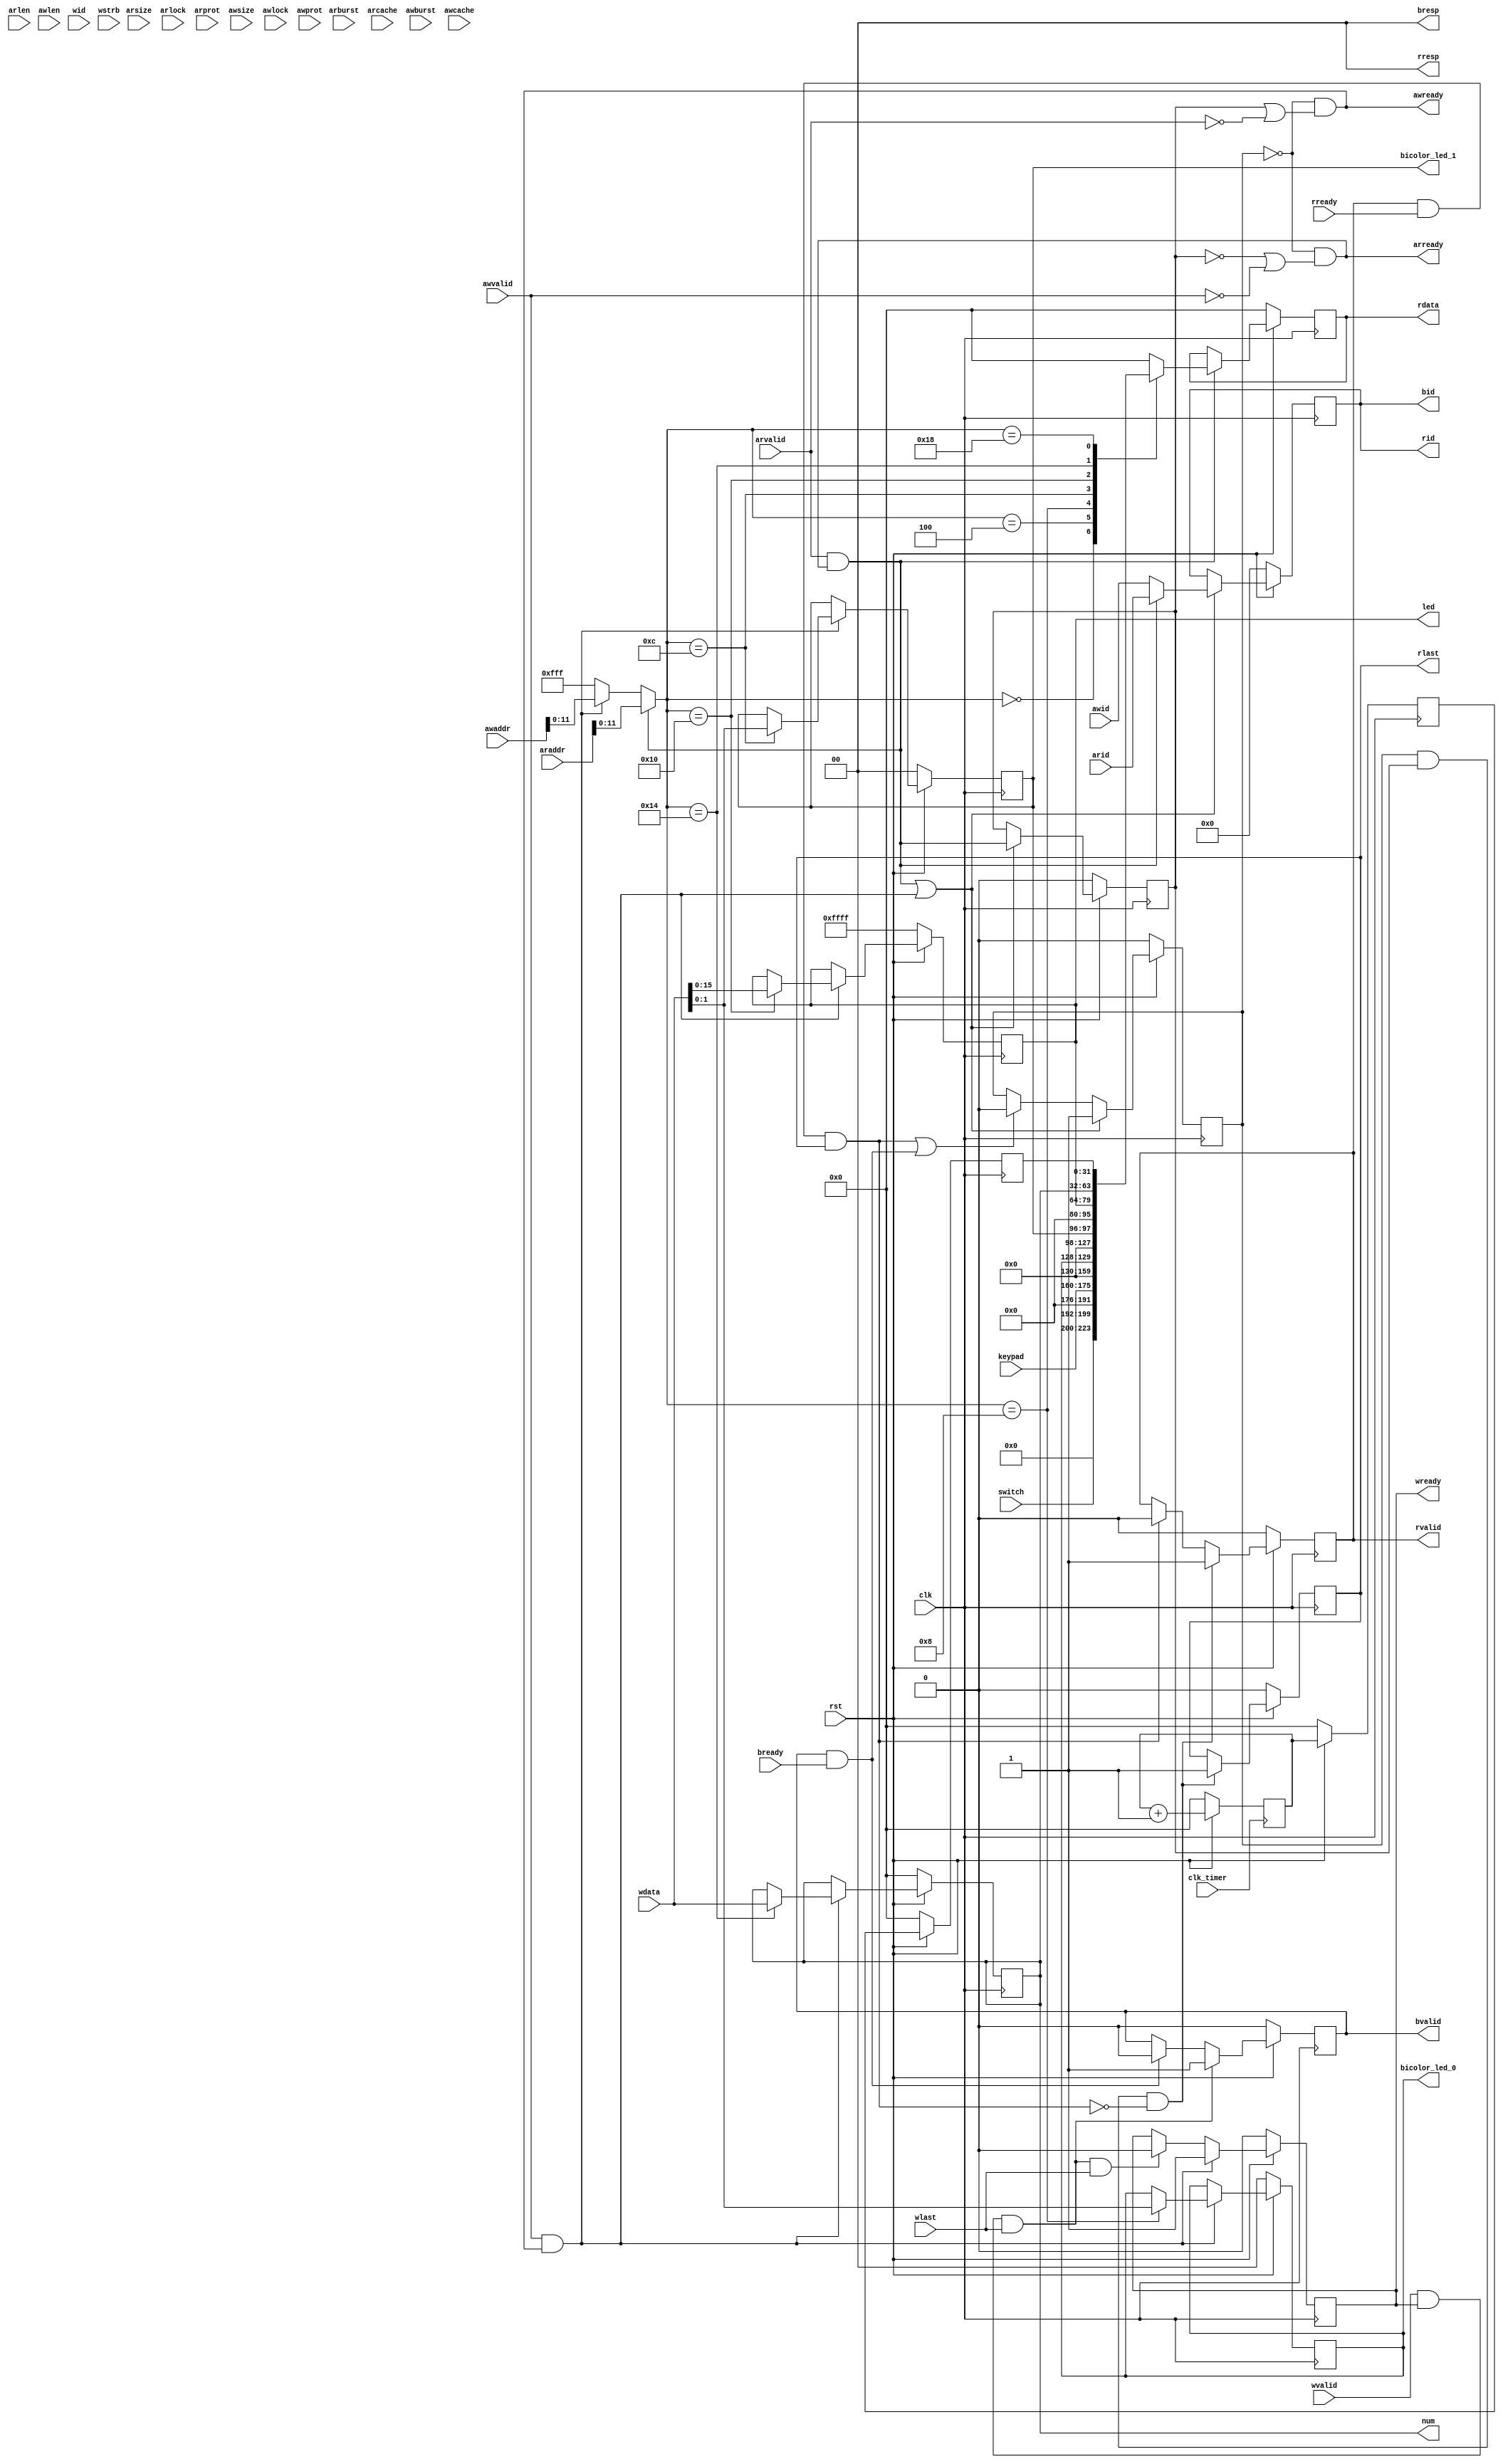
`timescale 1ns / 1ps

module GPIO(
    input clk_timer,
    input clk,
    input rst,
    // AXI bus IO
    input [3:0] arid,
    input [31:0] araddr,
    input [7:0] arlen,
    input [2:0] arsize,
    input [1:0] arburst,
    input [1:0] arlock,
    input [3:0] arcache,
    input [2:0] arprot,
    input arvalid,
    output arready,
    output [3:0] rid,
    output [31:0] rdata,
    output [1:0] rresp,
    output rlast,
    output rvalid,
    input rready,
    input [3:0] awid,
    input [31:0] awaddr,
    input [7:0] awlen,
    input [2:0] awsize,
    input [1:0] awburst,
    input [1:0] awlock,
    input [3:0] awcache,
    input [2:0] awprot,
    input awvalid,
    output awready,
    input [3:0] wid,
    input [31:0] wdata,
    input [3:0] wstrb,
    input wlast,
    input wvalid,
    output wready,
    output [3:0] bid,
    output [1:0] bresp,
    output bvalid,
    input bready,
    // GPIO control
    input [7:0] switch,
    input [15:0] keypad,
    output reg[1:0] bicolor_led_0,
    output reg[1:0] bicolor_led_1,
    output reg[15:0] led,
    output reg[31:0] num
);

    // code from confreg.v
    //--------------------------{axi interface} begin-------------------------//

    reg busy, write, R_or_W;

    wire    ar_enter    = arvalid & arready;
    wire    r_retire    = rvalid  & rready & rlast;
    wire    aw_enter    = awvalid & awready;
    wire    w_enter     = wvalid  & wready & wlast;
    wire    b_retire    = bvalid  & bready;

    assign  arready     = ~busy & (!R_or_W | !awvalid);
    assign  awready     = ~busy & ( R_or_W | !arvalid);

    reg [3 :0]  buf_id;
    reg [31:0]  buf_addr;
    reg [7 :0]  buf_len;
    reg [2 :0]  buf_size;

    always @ (posedge clk)  begin
        if (!rst)   busy    <= 1'b0;
        else if (ar_enter | aw_enter)   busy    <= 1'b1;
        else if (r_retire | b_retire)   busy    <= 1'b0;
    end

    always @ (posedge clk)  begin
        if (!rst)   begin
            R_or_W      <= 1'b0;
            buf_id      <= 4'b0;
            buf_addr    <= 31'h0;
            buf_len     <= 8'b0;
            buf_size    <= 3'b0;
        end else if (ar_enter | aw_enter)   begin
            R_or_W      <= ar_enter;
            buf_id      <= ar_enter ? arid   : awid   ;
            buf_addr    <= ar_enter ? araddr : awaddr ;
            buf_len     <= ar_enter ? arlen  : awlen  ;
            buf_size    <= ar_enter ? arsize : awsize ;
        end
    end

    reg wready_reg;
    assign  wready  = wready_reg;
    always @ (posedge clk)  begin
        if      (!rst           )   wready_reg  <= 1'b0;
        else if (aw_enter       )   wready_reg  <= 1'b1;
        else if (w_enter & wlast)   wready_reg  <= 1'b0;
    end

    reg rvalid_reg;
    reg rlast_reg;
    assign  rvalid  = rvalid_reg;
    assign  rlast   = rlast_reg;
    always @ (posedge clk)  begin
        if (!rst)   begin
           rvalid_reg   <= 1'b0;
           rlast_reg    <= 1'b0;
        end
        else if (busy & R_or_W & !r_retire)     begin
            rvalid_reg  <= 1'b1;
            rlast_reg   <= 1'b1;
        end
        else if (r_retire)  begin
            rvalid_reg  <= 1'b0;
        end
    end

    reg [31:0]  data_out;
    assign  rdata   = data_out;

    reg bvalid_reg;
    assign  bvalid  = bvalid_reg;
    always @ (posedge clk)  begin
        if      (!rst    )  bvalid_reg  <= 1'b0;
        else if (w_enter )  bvalid_reg  <= 1'b1;
        else if (b_retire)  bvalid_reg  <= 1'b0;
    end

    assign  rid     = buf_id;
    assign  bid     = buf_id;
    assign  bresp   = 2'b0;
    assign  rresp   = 2'b0;

    //---------------------------{axi interface} end--------------------------//


    // flags
    wire read_flag = ar_enter;
    wire write_flag = aw_enter;

    wire[31:0] addr = read_flag ? araddr : write_flag ? awaddr : 32'hffff;
    wire[31:0] data_in = wdata;

    // address definition
    wire[11:0] address = addr[11:0];
    parameter kSwitchAddr = 12'h000, kKeypadAddr = 12'h004,
            kBicolor0Addr = 12'h008, kBicolor1Addr = 12'h00c,
            kLEDAddr = 12'h010, kNumAddr = 12'h014,
            kTimerAddr = 12'h018;

    // timer
    reg[31:0] timer, timer_delay_1, timer_delay_2;

    always @(posedge clk_timer) begin
        if (!rst) begin
            timer <= 0;
        end
        else begin
            timer <= timer + 1;
        end
    end

    always @(posedge clk) begin
        if (!rst) begin
            timer_delay_1 <= 0;
            timer_delay_2 <= 0;
        end
        else begin
            timer_delay_1 <= timer;
            timer_delay_2 <= timer_delay_1;
        end
    end

    // read
    always @(posedge clk) begin
        if (!rst) begin
            data_out <= 0;
        end
        else if (read_flag) begin
            case (address)
                kSwitchAddr: data_out <= {24'h0, switch};
                kKeypadAddr: data_out <= {16'h0, keypad};
                kBicolor0Addr: data_out <= {30'h0, bicolor_led_0};
                kBicolor1Addr: data_out <= {30'h0, bicolor_led_1};
                kLEDAddr: data_out <= {16'h0, led};
                kNumAddr: data_out <= num;
                kTimerAddr: data_out <= timer_delay_2;
                default: data_out <= 0;
            endcase
        end
    end

   // write
    always @(posedge clk) begin
        if (!rst) begin
            bicolor_led_0 <= 2'h0;
            bicolor_led_1 <= 2'h0;
            led <= 16'hffff;
            num <= 32'h0;
        end
        else if (write_flag) begin
            case (address)
                kBicolor0Addr: bicolor_led_0 <= data_in[1:0];
                kBicolor1Addr: bicolor_led_1 <= data_in[1:0];
                kLEDAddr: led <= data_in[15:0];
                kNumAddr: num <= data_in;
                default:;
            endcase
        end
    end

endmodule